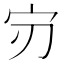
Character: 𫲶